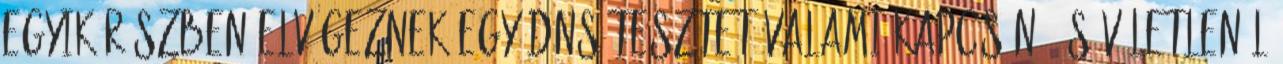
egyik részben elvégeznek egy DNS-tesztet valami kapcsán, és véletlenül